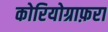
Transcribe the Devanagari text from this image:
कोरियोग्राफ़रा